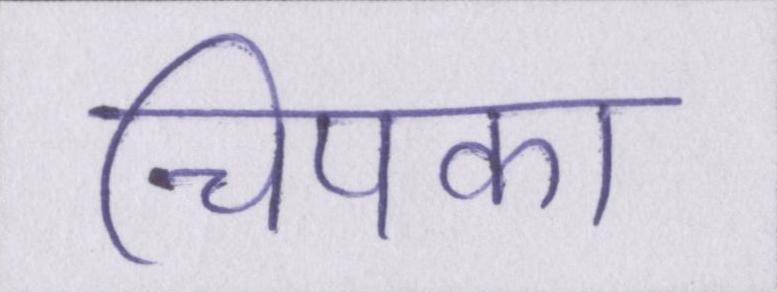
चिपका